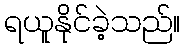
ရယူနိုင်ခဲ့သည်။